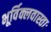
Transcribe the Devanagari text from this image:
भूर्विक्लवास्ताः